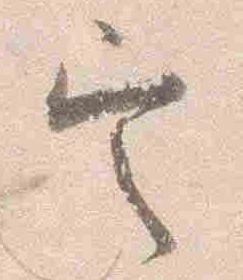
定